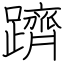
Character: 躋